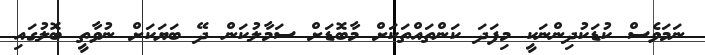
ނަމަވެސް ކުޑަކުދިންނަކީ މިފަދަ ކަންތައްތަކަށް މާބޮޑަށް ސަމާލުކަން ދޭ ބަޔަކަށް ނުވާތީ ބޮލުގައި